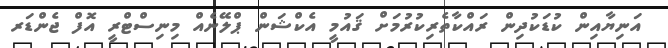
އަނިޔާއިން ކުޑަކުދިން ރައްކާތެރިކުރުމަށް ޤައުމީ އެކްޝަން ޕްލޭނެއް މިނިސްޓްރީ އޮފް ޖެންޑަރ